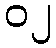
၀၂